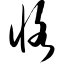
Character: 恪